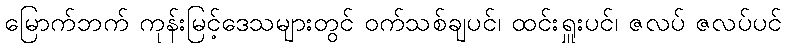
မြောက်ဘက် ကုန်းမြင့်ဒေသများတွင် ဝက်သစ်ချပင်၊ ထင်းရှူးပင်၊ ဇလပ် ဇလပ်ပင်